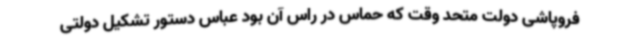
فروپاشی دولت متحد وقت که حماس در راس آن بود عباس دستور تشکیل دولتی